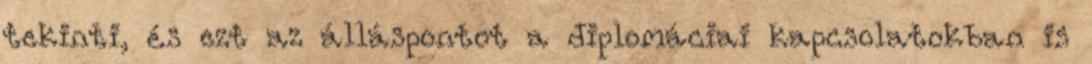
tekinti, és ezt az álláspontot a diplomáciai kapcsolatokban is